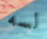
لسه